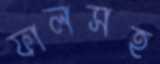
ফালসহ